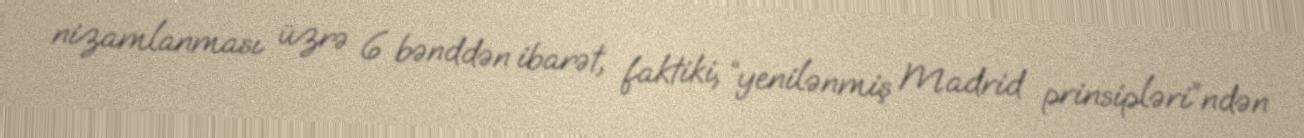
nizamlanması üzrə 6 bənddən ibarət, faktiki, “yenilənmiş Madrid prinsipləri”ndən